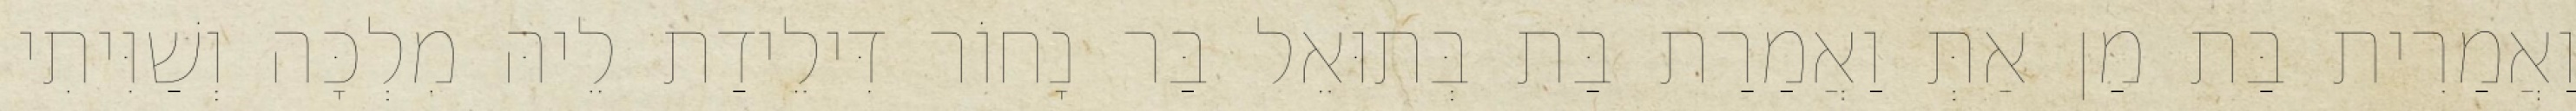
וַאֲמַרִית בַּת מַן אַתְּ וַאֲמַרַת בַּת בְּתוּאֵל בַּר נָחוֹר דִּילֵידַת לֵיהּ מִלְכָּה וְשַׁוִּיתִי